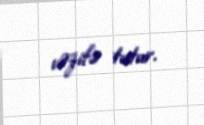
vəzifə tutur.